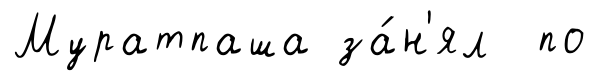
Муратпаша за́н'ял по